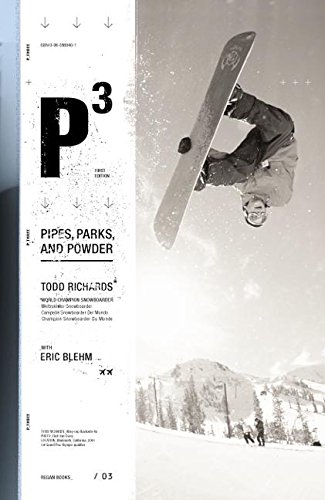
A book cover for P3: Pipes, Parks, and Powder; Todd Richards; Sports & Outdoors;